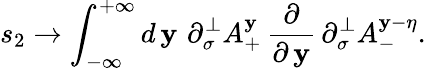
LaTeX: s_{2}\rightarrow\int_{-\infty}^{+\infty}d\, \mathbf{y}\, \, \partial_{\sigma}^{\perp}A_{+}^{\mathbf{y}}\, \frac{\partial}{{\partial\, \mathbf{y}}}\, \partial_{\sigma}^{\perp}A_{-}^{\mathbf{y}-\eta}.